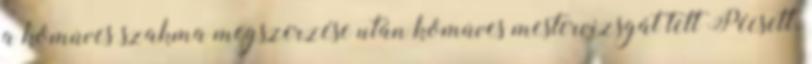
a kômûves szakma megszerzése után kômûves mestervizsgát tett Pécsett.